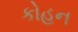
કોહન